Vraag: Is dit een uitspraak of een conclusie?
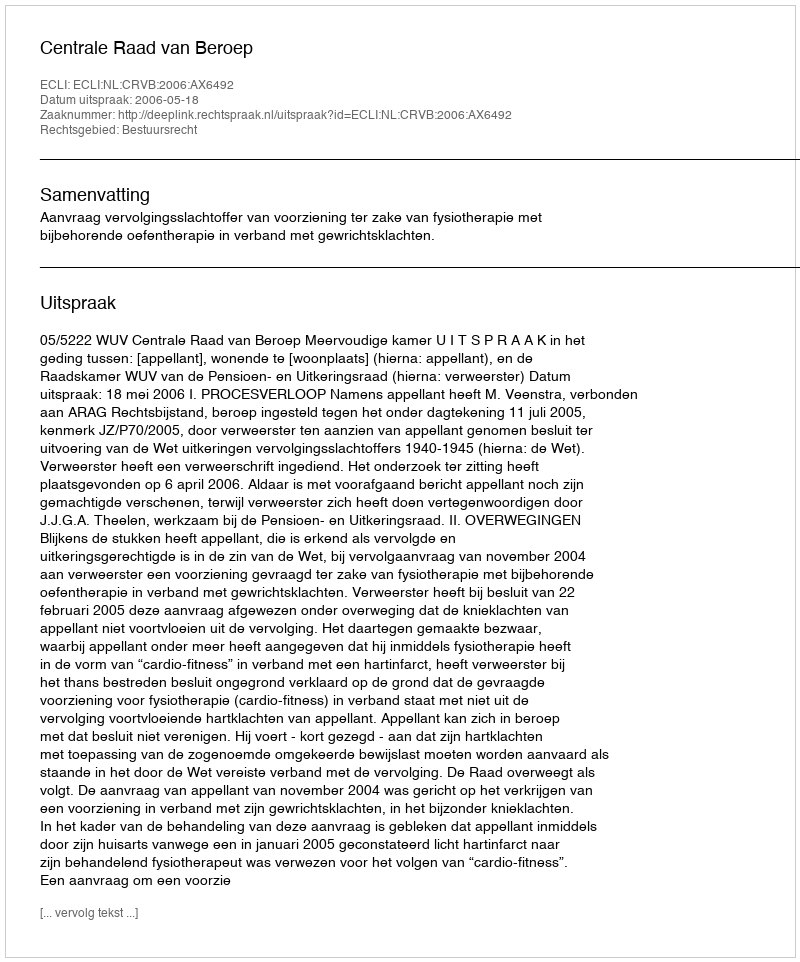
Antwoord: Uitspraak